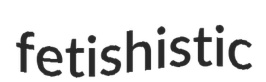
fetishistic